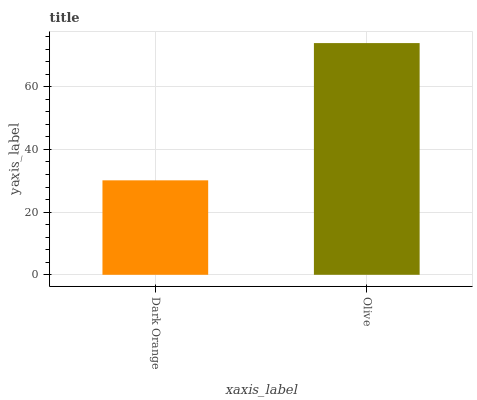
| xaxis_label | bars |
 | --- | --- |
 | Dark Orange | 30.1 |
 | Olive | 73.9 |